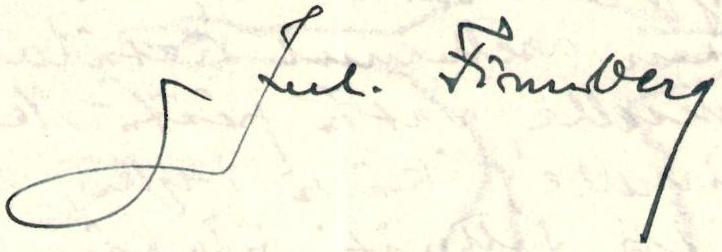
Jul. Finnberg